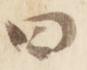
曰